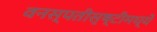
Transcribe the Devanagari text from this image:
वनस्पतीसृष्टीमध्ये